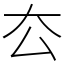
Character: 厺